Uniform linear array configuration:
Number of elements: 12
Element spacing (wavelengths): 0.5
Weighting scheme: cosine
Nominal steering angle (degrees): -45
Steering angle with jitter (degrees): -44.697
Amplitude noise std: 0.05
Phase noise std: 0.05

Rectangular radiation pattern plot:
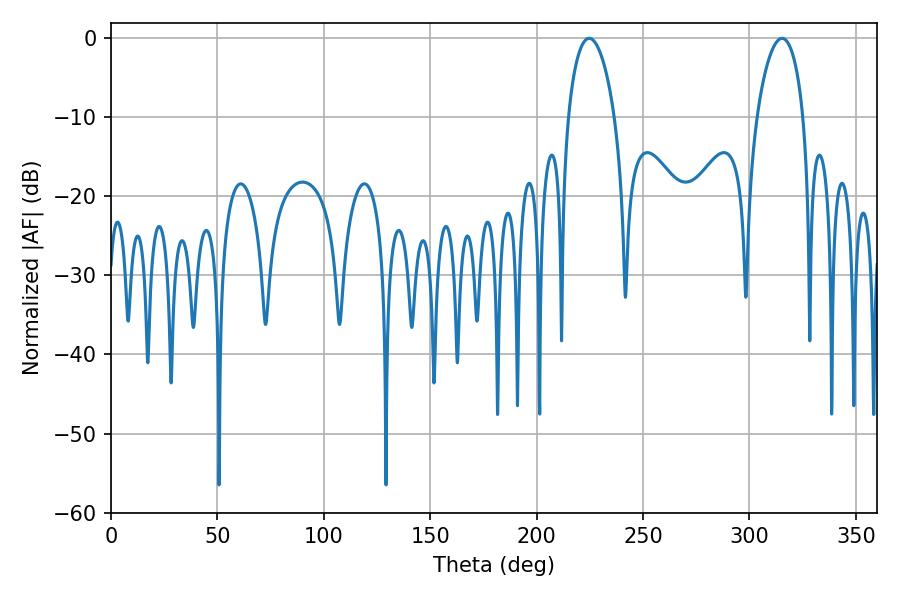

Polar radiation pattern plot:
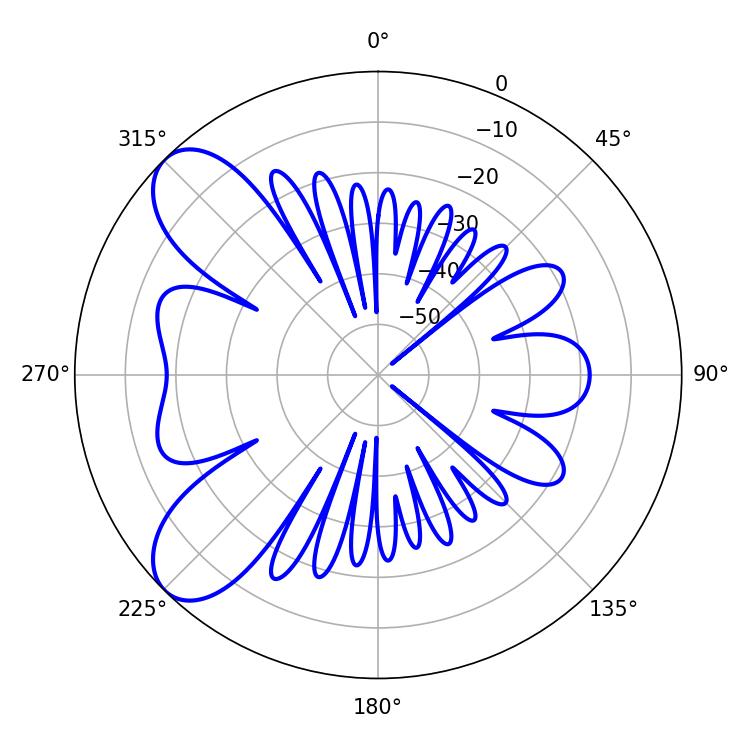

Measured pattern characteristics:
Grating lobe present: FALSE
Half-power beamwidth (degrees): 12.42
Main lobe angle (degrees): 224.64